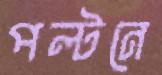
পল্টনে